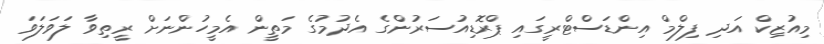
މިއުޒިކް އަދި ފިލްމް އިންޑަސްޓްރީގައި ޕްރޮޑިއުސަރުންގެ އެދުމުގެ މަތީން އެމީހުންނަށް ރީތިވާ ލަވަލަވަ